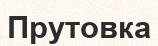
Прутовка